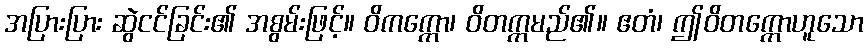
အပြားပြား ဆွဲငင်ခြင်း၏ အစွမ်းဖြင့်။ ဝိကက္ကော၊ ဝိတက္ကမည်၏။ ဧတံ၊ ဤဝိတက္ကောဟူသော